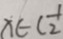
x \in ( \frac { 1 } { 2 }